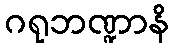
ဂရုဘဏ္ဍာနိ